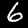
Label: 6